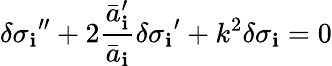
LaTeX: {\delta\sigma_{\mathbf{i}}}^{\prime\prime}+2\frac{{{\bar{{a}}_{\mathbf{i}}^{\prime}}}}{{\bar{{a}}_{\mathbf{i}}}}{\delta\sigma_{\mathbf{i}}}^{\prime}+k^{2}\delta\sigma_{\mathbf{i}}=0